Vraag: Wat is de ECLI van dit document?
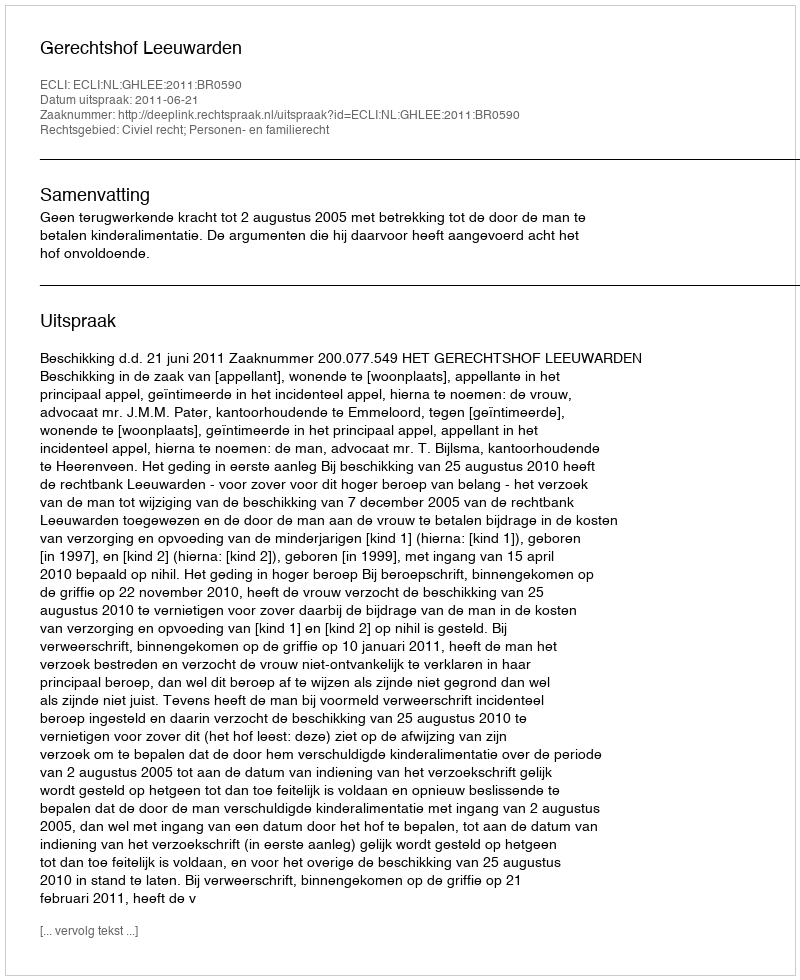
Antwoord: ECLI:NL:GHLEE:2011:BR0590